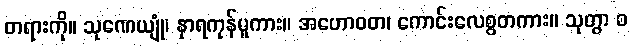
တရားကို။ သုဏေယျုံ၊ နာရကုန်မူကား။ အဟောဝတ၊ ကောင်းလေစွတကား။ သုတွာ စ